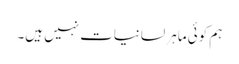
ہم کوئی ماہرِ لسانیات نہیں ہیں۔